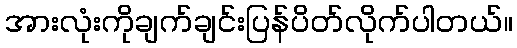
အားလုံးကိုချက်ချင်းပြန်ပိတ်လိုက်ပါတယ်။